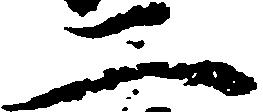
二